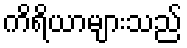
ကိရိယာများသည်